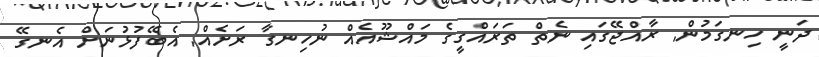
ދަނީ ހިނގަމުން